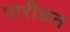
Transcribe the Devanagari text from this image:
पारीछत